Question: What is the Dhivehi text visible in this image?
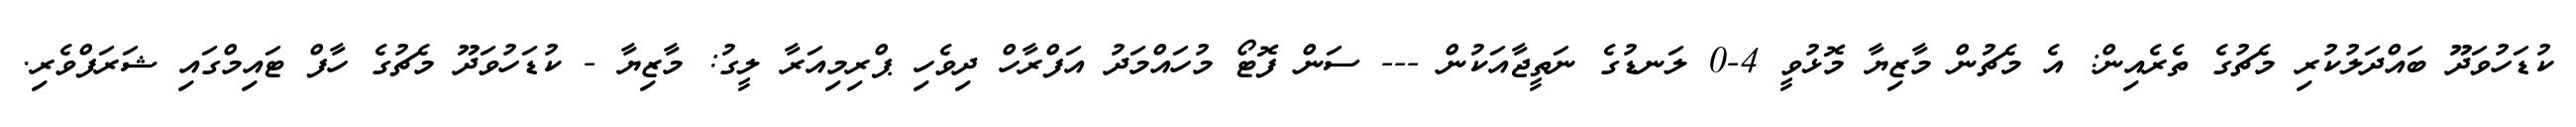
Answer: ކުޑަހުވަދޫ ބައްދަލުކުރި މެޗުގެ ތެރެއިން: އެ މެޗުން މާޒިޔާ މޮޅުވީ 4-0 ލަނޑުގެ ނަތީޖާއަކުން --- ސަން ފޮޓޯ މުހައްމަދު އަފްރާހް ދިވެހި ޕްރިމިއަރާ ލީގު: މާޒިޔާ - ކުޑަހުވަދޫ މެޗުގެ ހާފް ޓައިމްގައި ޝަރަފްވެރި.